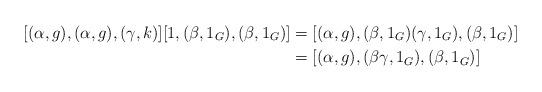
LaTeX: \begin{align*}[(\alpha, g), (\alpha, g), (\gamma, k)][1, (\beta, 1_G), (\beta, 1_G)] &= [(\alpha, g), (\beta, 1_G)(\gamma, 1_G), (\beta, 1_G)]\\ &= [(\alpha, g), (\beta\gamma, 1_G), (\beta, 1_G)]\end{align*}